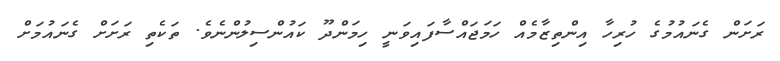
ރަށަން ގެނައުމުގެ ހުރިހާ އިންތިޒާމެއް ހަމަޖައްސާފައިވަނީ ހިމަންދޫ ކައުންސިލުންނެވެ. ތަކެތި ރަށަށް ގެނައުމަށް